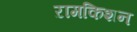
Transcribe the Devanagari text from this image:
ऱामकिशन